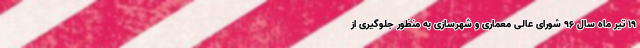
۱۹ تیر ماه سال ۹۶ شورای عالی معماری و شهرسازی به منظور جلوگیری از